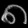
Digit: ၈